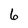
Character: 6